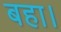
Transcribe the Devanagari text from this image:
बहा।